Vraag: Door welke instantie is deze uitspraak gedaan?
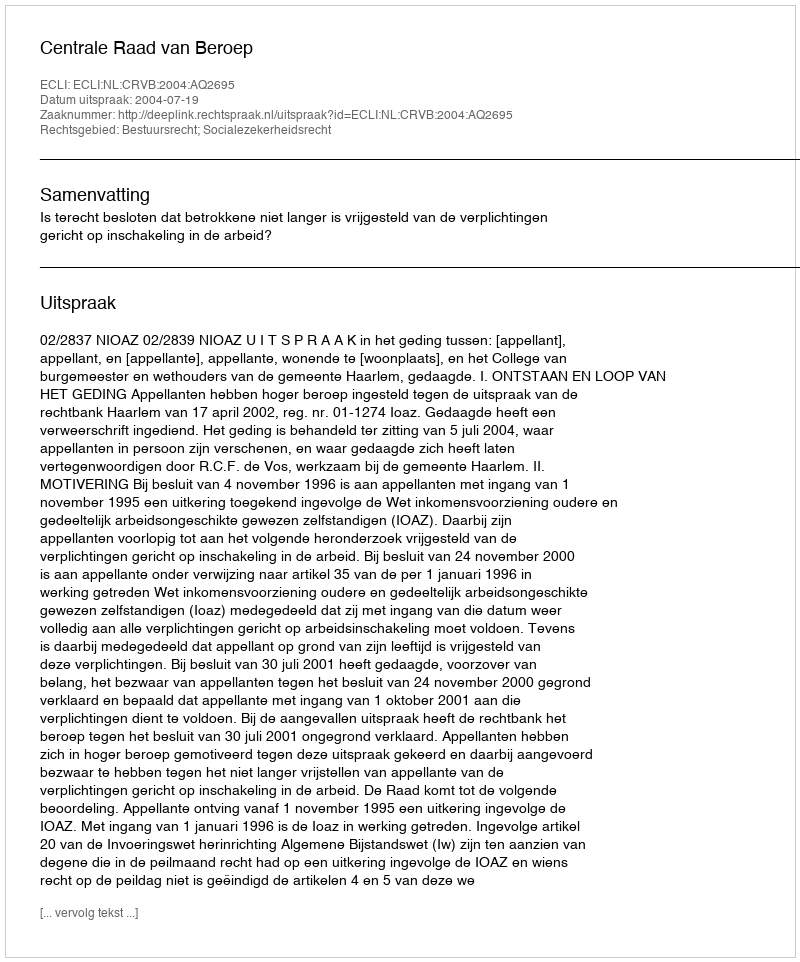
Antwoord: Centrale Raad van Beroep